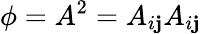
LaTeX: \phi=A^{2}=A_{i\mathbf{j}}A_{i\mathbf{j}}